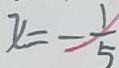
x = - \frac { 1 } { 5 }